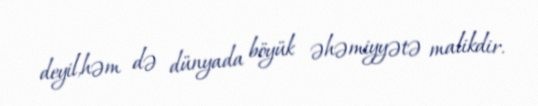
deyil,həm də dünyada böyük əhəmiyyətə malikdir.